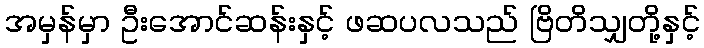
အမှန်မှာ ဦးအောင်ဆန်းနှင့် ဖဆပလသည် ဗြိတိသျှတို့နှင့်